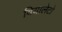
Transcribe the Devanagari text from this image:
वियालेटो